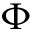
\Phi